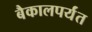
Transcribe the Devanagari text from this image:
बैकालपर्यंत